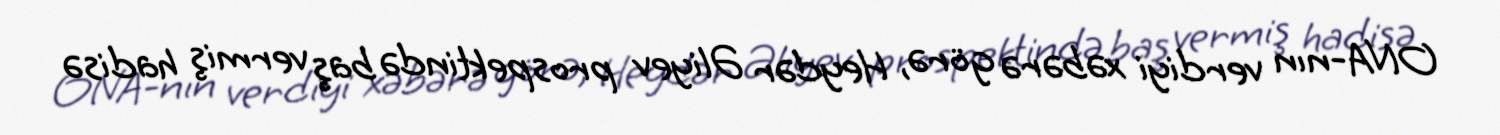
ONA-nın verdiyi xəbərə görə, Heydər Əliyev prospektində baş vermiş hadisə